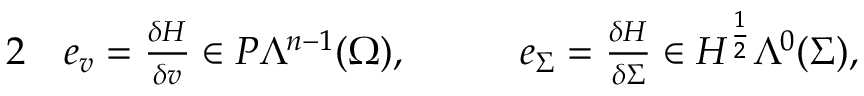
\begin{array} { r l r l } { { 2 } } & { { } e _ { v } = \frac { \delta H } { \delta v } \in P \Lambda ^ { n - 1 } ( \Omega ) , \quad } & { } & { { } e _ { \Sigma } = \frac { \delta H } { \delta \Sigma } \in H ^ { \frac { 1 } { 2 } } \Lambda ^ { 0 } ( \Sigma ) , } \end{array}